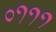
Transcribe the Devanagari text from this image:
०१११